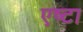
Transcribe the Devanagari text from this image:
एष्टा